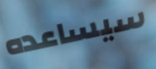
سيساعده